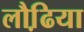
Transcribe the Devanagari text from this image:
लौढि़या